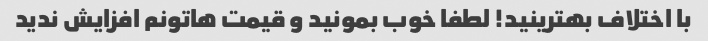
با اختلاف بهترینید! لطفا خوب بمونید و قیمت هاتونم افزایش ندید